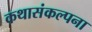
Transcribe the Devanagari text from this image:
कथासंकल्पना